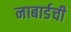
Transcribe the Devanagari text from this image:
नाबार्डची